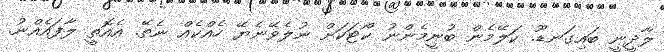
ލާދީނީ ބައިގަނޑޫ. ކަލޭމެން ބުނީމެންނު ކޯޓަކަށް ނުލެވޭނެޔޭ ހެއްކެއް ނެތޭ. އެއޮތީ ލާފައެއްނު.